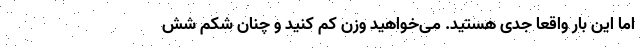
اما این بار واقعاً جدی هستید. می‌خواهید وزن کم کنید و چنان شکم شش